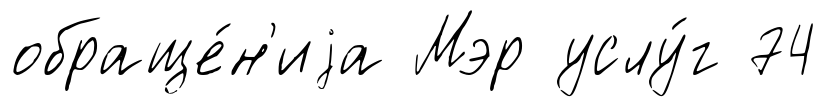
обраще́н'иjа Мэр услу́г 74